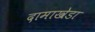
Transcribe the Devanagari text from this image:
दामाखेडा